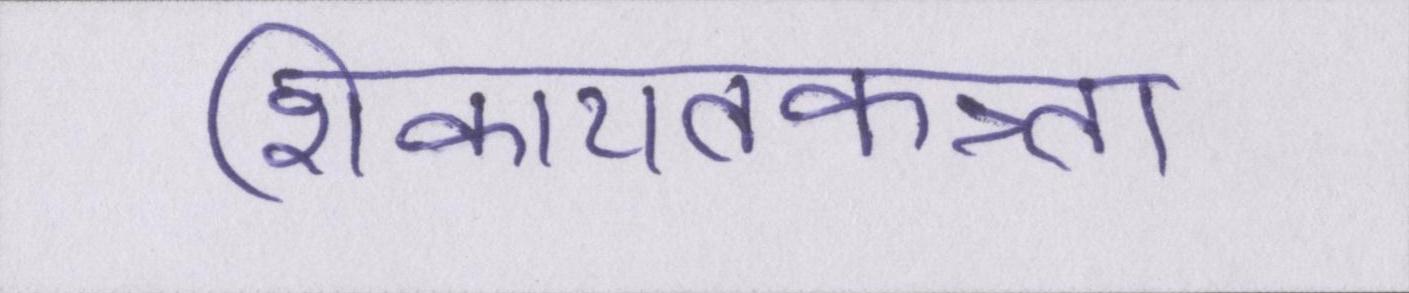
शिकायतकत्र्ता